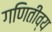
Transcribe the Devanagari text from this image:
गणितीव्य